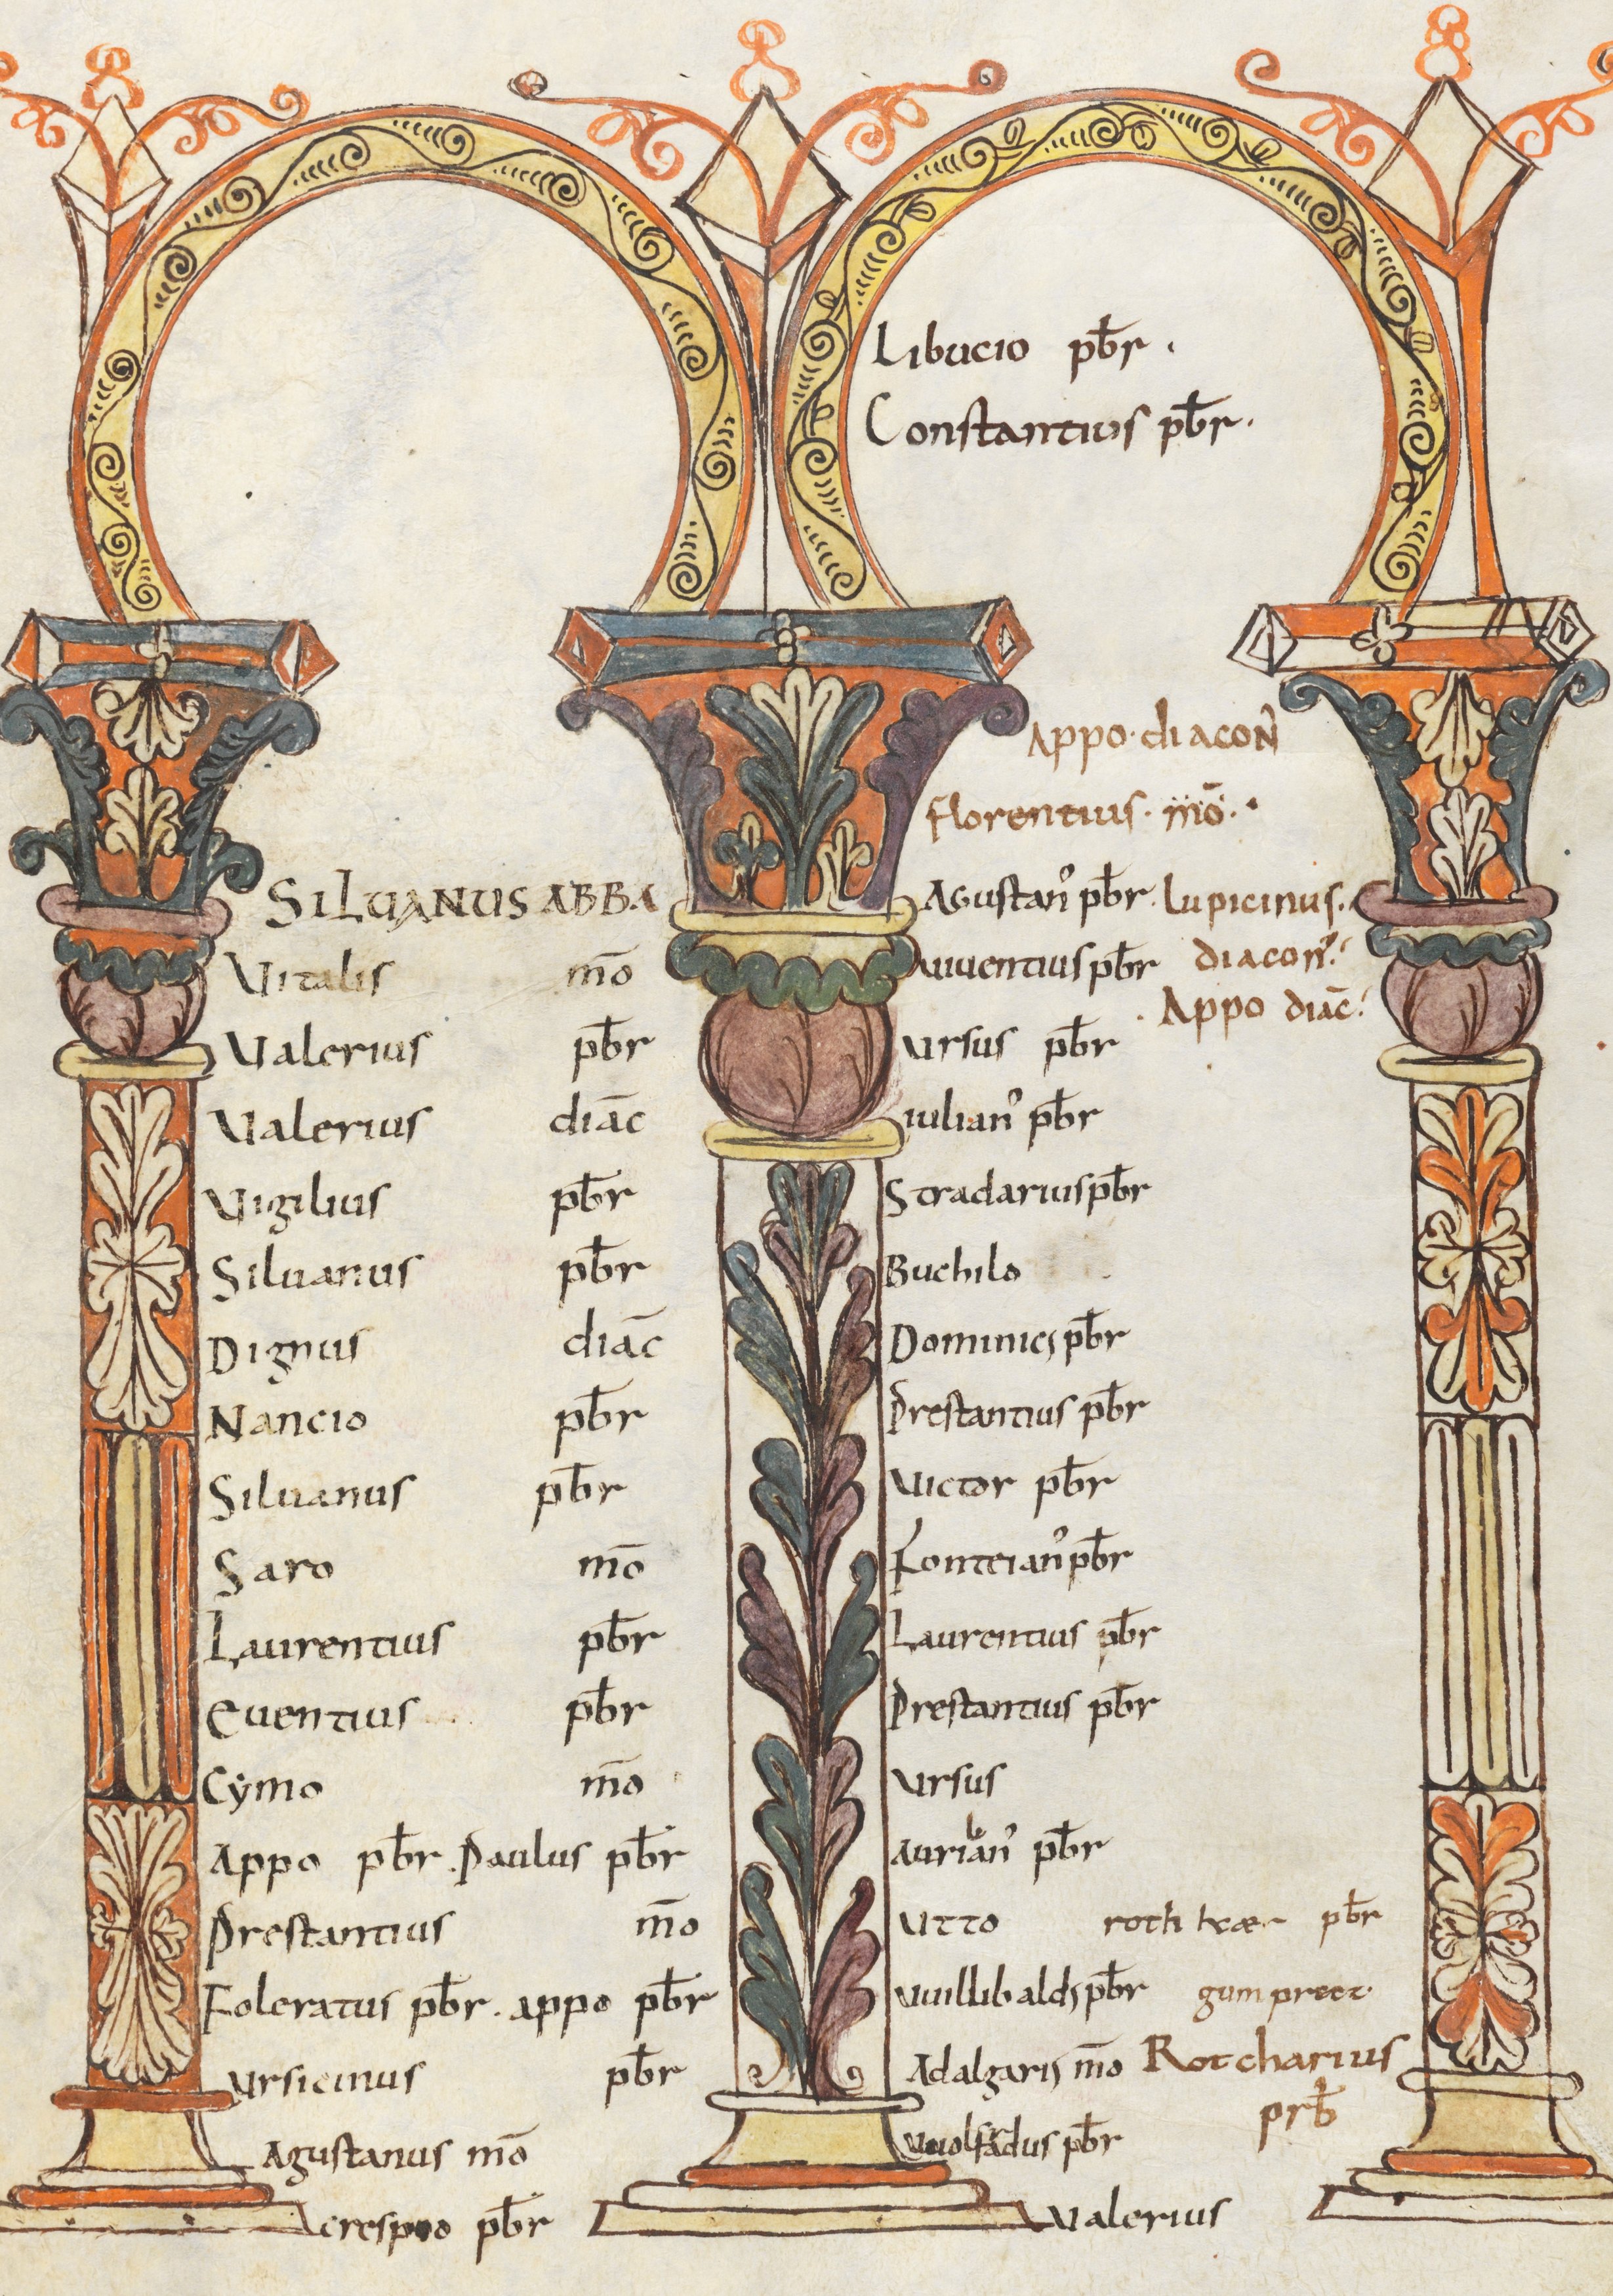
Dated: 800–1399